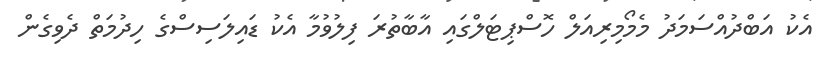
އެކު އަބްދުއްސަމަދު މެމޯމިރިއަލް ހޮސްޕިޓަލްގައި އާބާތުރަ ފިލުވުމާ އެކު ޑައިލަސިސްގެ ހިދުމަތް ދެވިގެން